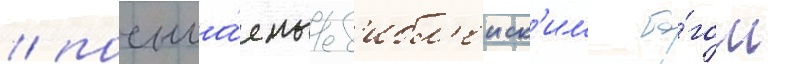
/ посыла́емые б'ибл'еиск'им бо́гом